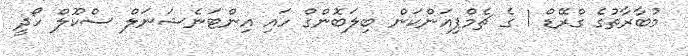
މުބާރާތުގެ ގްރޭޑް 1 ގެ ޗެމްޕިއަންކަން ބިލަބޮންގް ހައި އިންޓަނެޝަނަލް ސްކޫލް ހޯދީ